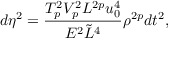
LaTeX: d \eta ^ { 2 } = { \frac { T _ { p } ^ { 2 } V _ { p } ^ { 2 } L ^ { 2 p } u _ { 0 } ^ { 4 } } { E ^ { 2 } \tilde { L } ^ { 4 } } } \rho ^ { 2 p } d t ^ { 2 } ,